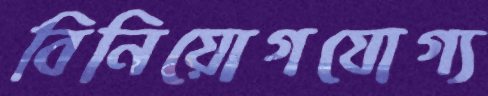
বিনিয়োগযোগ্য